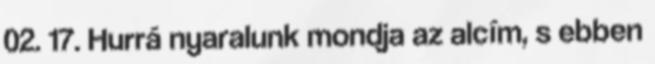
02. 17. Hurrá nyaralunk mondja az alcím, s ebben